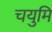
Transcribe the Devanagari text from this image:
चयुमि